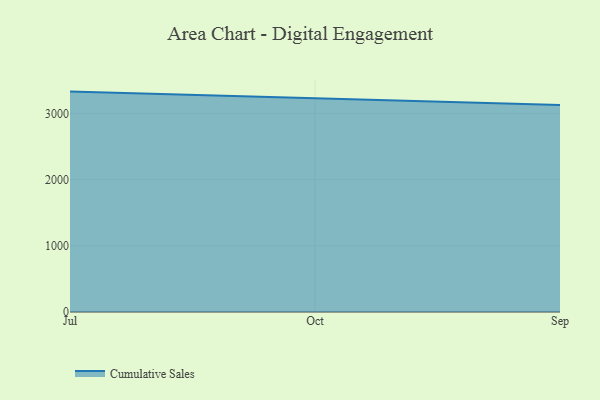
{"axis": {"x": "Month", "y": "Waste Production (Tons)"}, "legend": ["Cumulative Sales"], "data": [{"x": "Jul", "y": 3328.2, "type": "Cumulative Sales"}, {"x": "Oct", "y": 3225.5, "type": "Cumulative Sales"}, {"x": "Sep", "y": 3126.0, "type": "Cumulative Sales"}]}